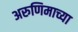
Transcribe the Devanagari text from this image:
अरुणिमाच्या